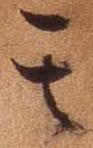
其